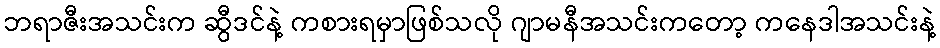
ဘရာဇီးအသင်းက ဆွီဒင်နဲ့ ကစားရမှာဖြစ်သလို ဂျာမနီအသင်းကတော့ ကနေဒါအသင်းနဲ့